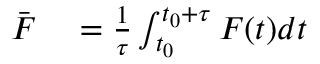
\begin{array} { r l } { \bar { \boldsymbol { F } } } & { { } = \frac { 1 } { \tau } \int _ { t _ { 0 } } ^ { t _ { 0 } + \tau } \boldsymbol { F } ( t ) d t } \end{array}